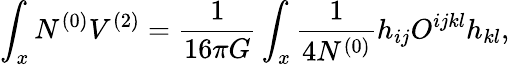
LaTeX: \int_{x}N^{(0)}V^{(2)}={\frac{1}{16\pi G}}\int_{x}{\frac{1}{4N^{(0)}}}h_{ij}O^{ijkl}h_{kl},